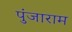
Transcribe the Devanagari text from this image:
पुंजाराम